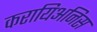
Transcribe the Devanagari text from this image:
करायिअनिस